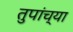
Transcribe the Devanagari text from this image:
तुपांच्या